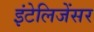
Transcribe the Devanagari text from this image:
इंटेलिजेंसर